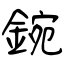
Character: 鋺